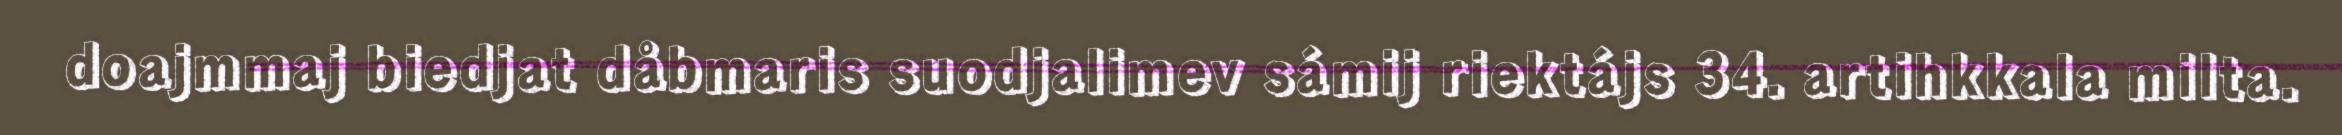
doajmmaj biedjat dåbmaris suodjalimev sámij riektájs 34. artihkkala milta.